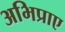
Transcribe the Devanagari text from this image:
अभिप्राए